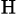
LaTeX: _\mathrm{H}